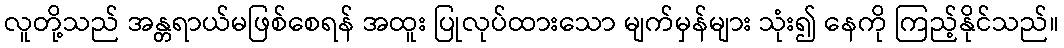
လူတို့သည် အန္တရာယ်မဖြစ်စေရန် အထူး ပြုလုပ်ထားသော မျက်မှန်များ သုံး၍ နေကို ကြည့်နိုင်သည်။